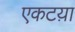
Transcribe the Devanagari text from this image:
एकटय़ा